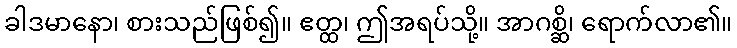
ခါဒမာနော၊ စားသည်ဖြစ်၍။ ဧတ္ထ၊ ဤအရပ်သို့။ အာဂစ္ဆိ၊ ရောက်လာ၏။